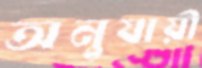
অনুযায়ী